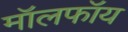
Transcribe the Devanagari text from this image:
मॉलफॉय